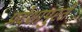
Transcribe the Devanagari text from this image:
प्रदेशापुरते